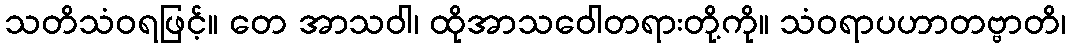
သတိသံဝရဖြင့်။ တေ အာသဝါ၊ ထိုအာသဝေါတရားတို့ကို။ သံဝရာပဟာတဗ္ဗာတိ၊